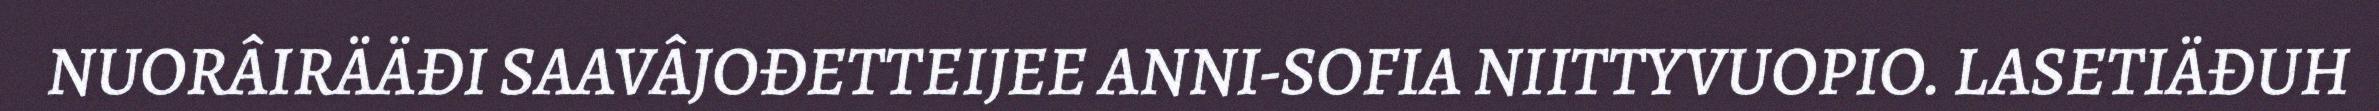
NUORÂIRÄÄĐI SAAVÂJOĐETTEIJEE ANNI-SOFIA NIITTYVUOPIO. LASETIÄĐUH